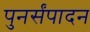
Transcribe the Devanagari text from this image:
पुनर्संपादन